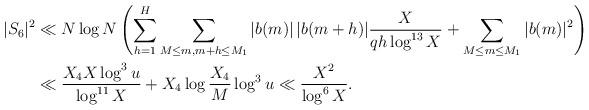
LaTeX: \begin{align*}|S_6|^2 &\ll N \log N \left( \sum_{h=1}^H \sum_{M \leq m, m+h \leq M_1} |b(m)| \, |b(m+h)| \frac{X}{qh\log^{13}X} + \sum_{M \leq m \leq M_1} |b(m)|^2 \right) \\ &\ll \frac{X_4 X \log^3 u}{\log^{11}X} + X_4 \log \frac{X_4}{M} \log^3 u \ll \frac{X^2}{\log^6 X}.\end{align*}